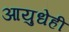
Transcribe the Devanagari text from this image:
आयुधेही